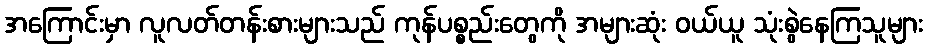
အကြောင်းမှာ လူလတ်တန်းစားများသည် ကုန်ပစ္စည်းတွေကို အများဆုံး ဝယ်ယူ သုံးစွဲနေကြသူများ